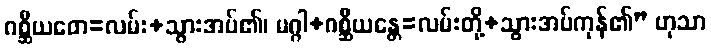
ဂစ္ဆီယတေ=လမ်း+သွားအပ်၏၊ မဂ္ဂါ+ဂစ္ဆီယန္တေ=လမ်းတို့+သွားအပ်ကုန်၏” ဟုသာ